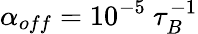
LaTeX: \alpha_{off}=10^{-5}~\tau_{B}^{-1}